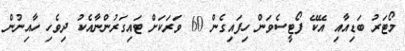
މޯޓަރު ބަޑިއާއި އޭކޭ ފޯޓީސެވަން ހިފައިގެން 60 ވަރަކަށް ޓައިގަރުންނާއެކު ދިވެހި ހާއިނުން